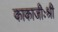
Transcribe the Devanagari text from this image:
काकाजीःश्री